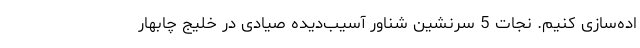
اده‌سازی کنیم. نجات 5 سرنشین شناور آسیب‌دیده صیادی در خلیج چابهار